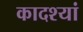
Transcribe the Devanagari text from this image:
कादश्यां